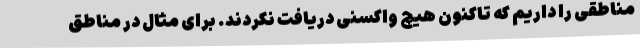
مناطقی را داریم که تاکنون هیچ واکسنی دریافت نکردند. برای مثال در مناطق